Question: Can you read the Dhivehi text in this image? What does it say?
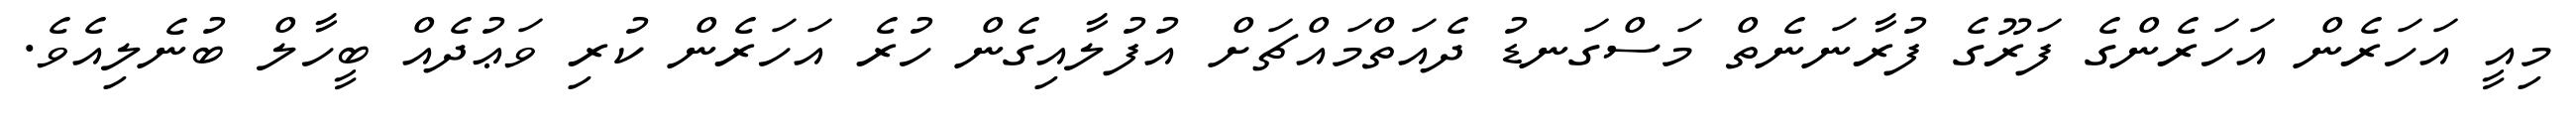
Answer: މިއީ އަހަރެން އަހަރެންގެ ފަރޫގެ ފުރާނަނެތް މަސްގަނޑު ދެއަތްމައްޗަށް އުފުލާއިގެން ހުރެ އަހަރެން ކުރި ވަޢުދެއް ބީހާލް ބުނެލިއެވެ.